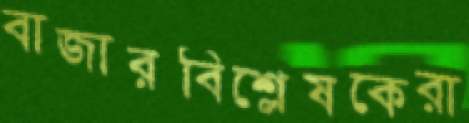
বাজারবিশ্লেষকেরা